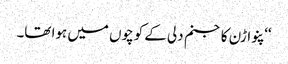
‘‘ پنواڑن کا جنم دلی کے کوچوں میں ہوا تھا۔